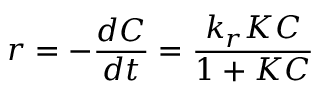
r = - \frac { d C } { d t } = \frac { k _ { r } K C } { 1 + K C }